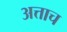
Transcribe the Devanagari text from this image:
अत्ताच